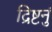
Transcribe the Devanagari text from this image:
द्रिष्टनुं